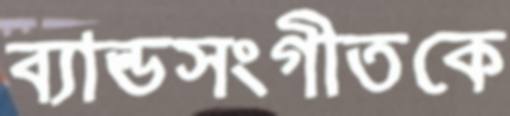
ব্যান্ডসংগীতকে